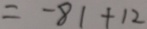
= - 8 1 + 1 2